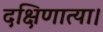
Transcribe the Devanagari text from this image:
दक्षिणात्या।